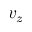
v _ { z }